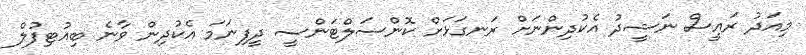
މިއަދު ރައީސް ނަޝީދު އެކުދިންނަށް ރަނގަޅަށް ކޮންސަލްޓަންސީ ދީފިނަމަ އެކުދިން ވާނެ ބިއުޓިފުލް